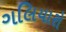
ગલિયારો